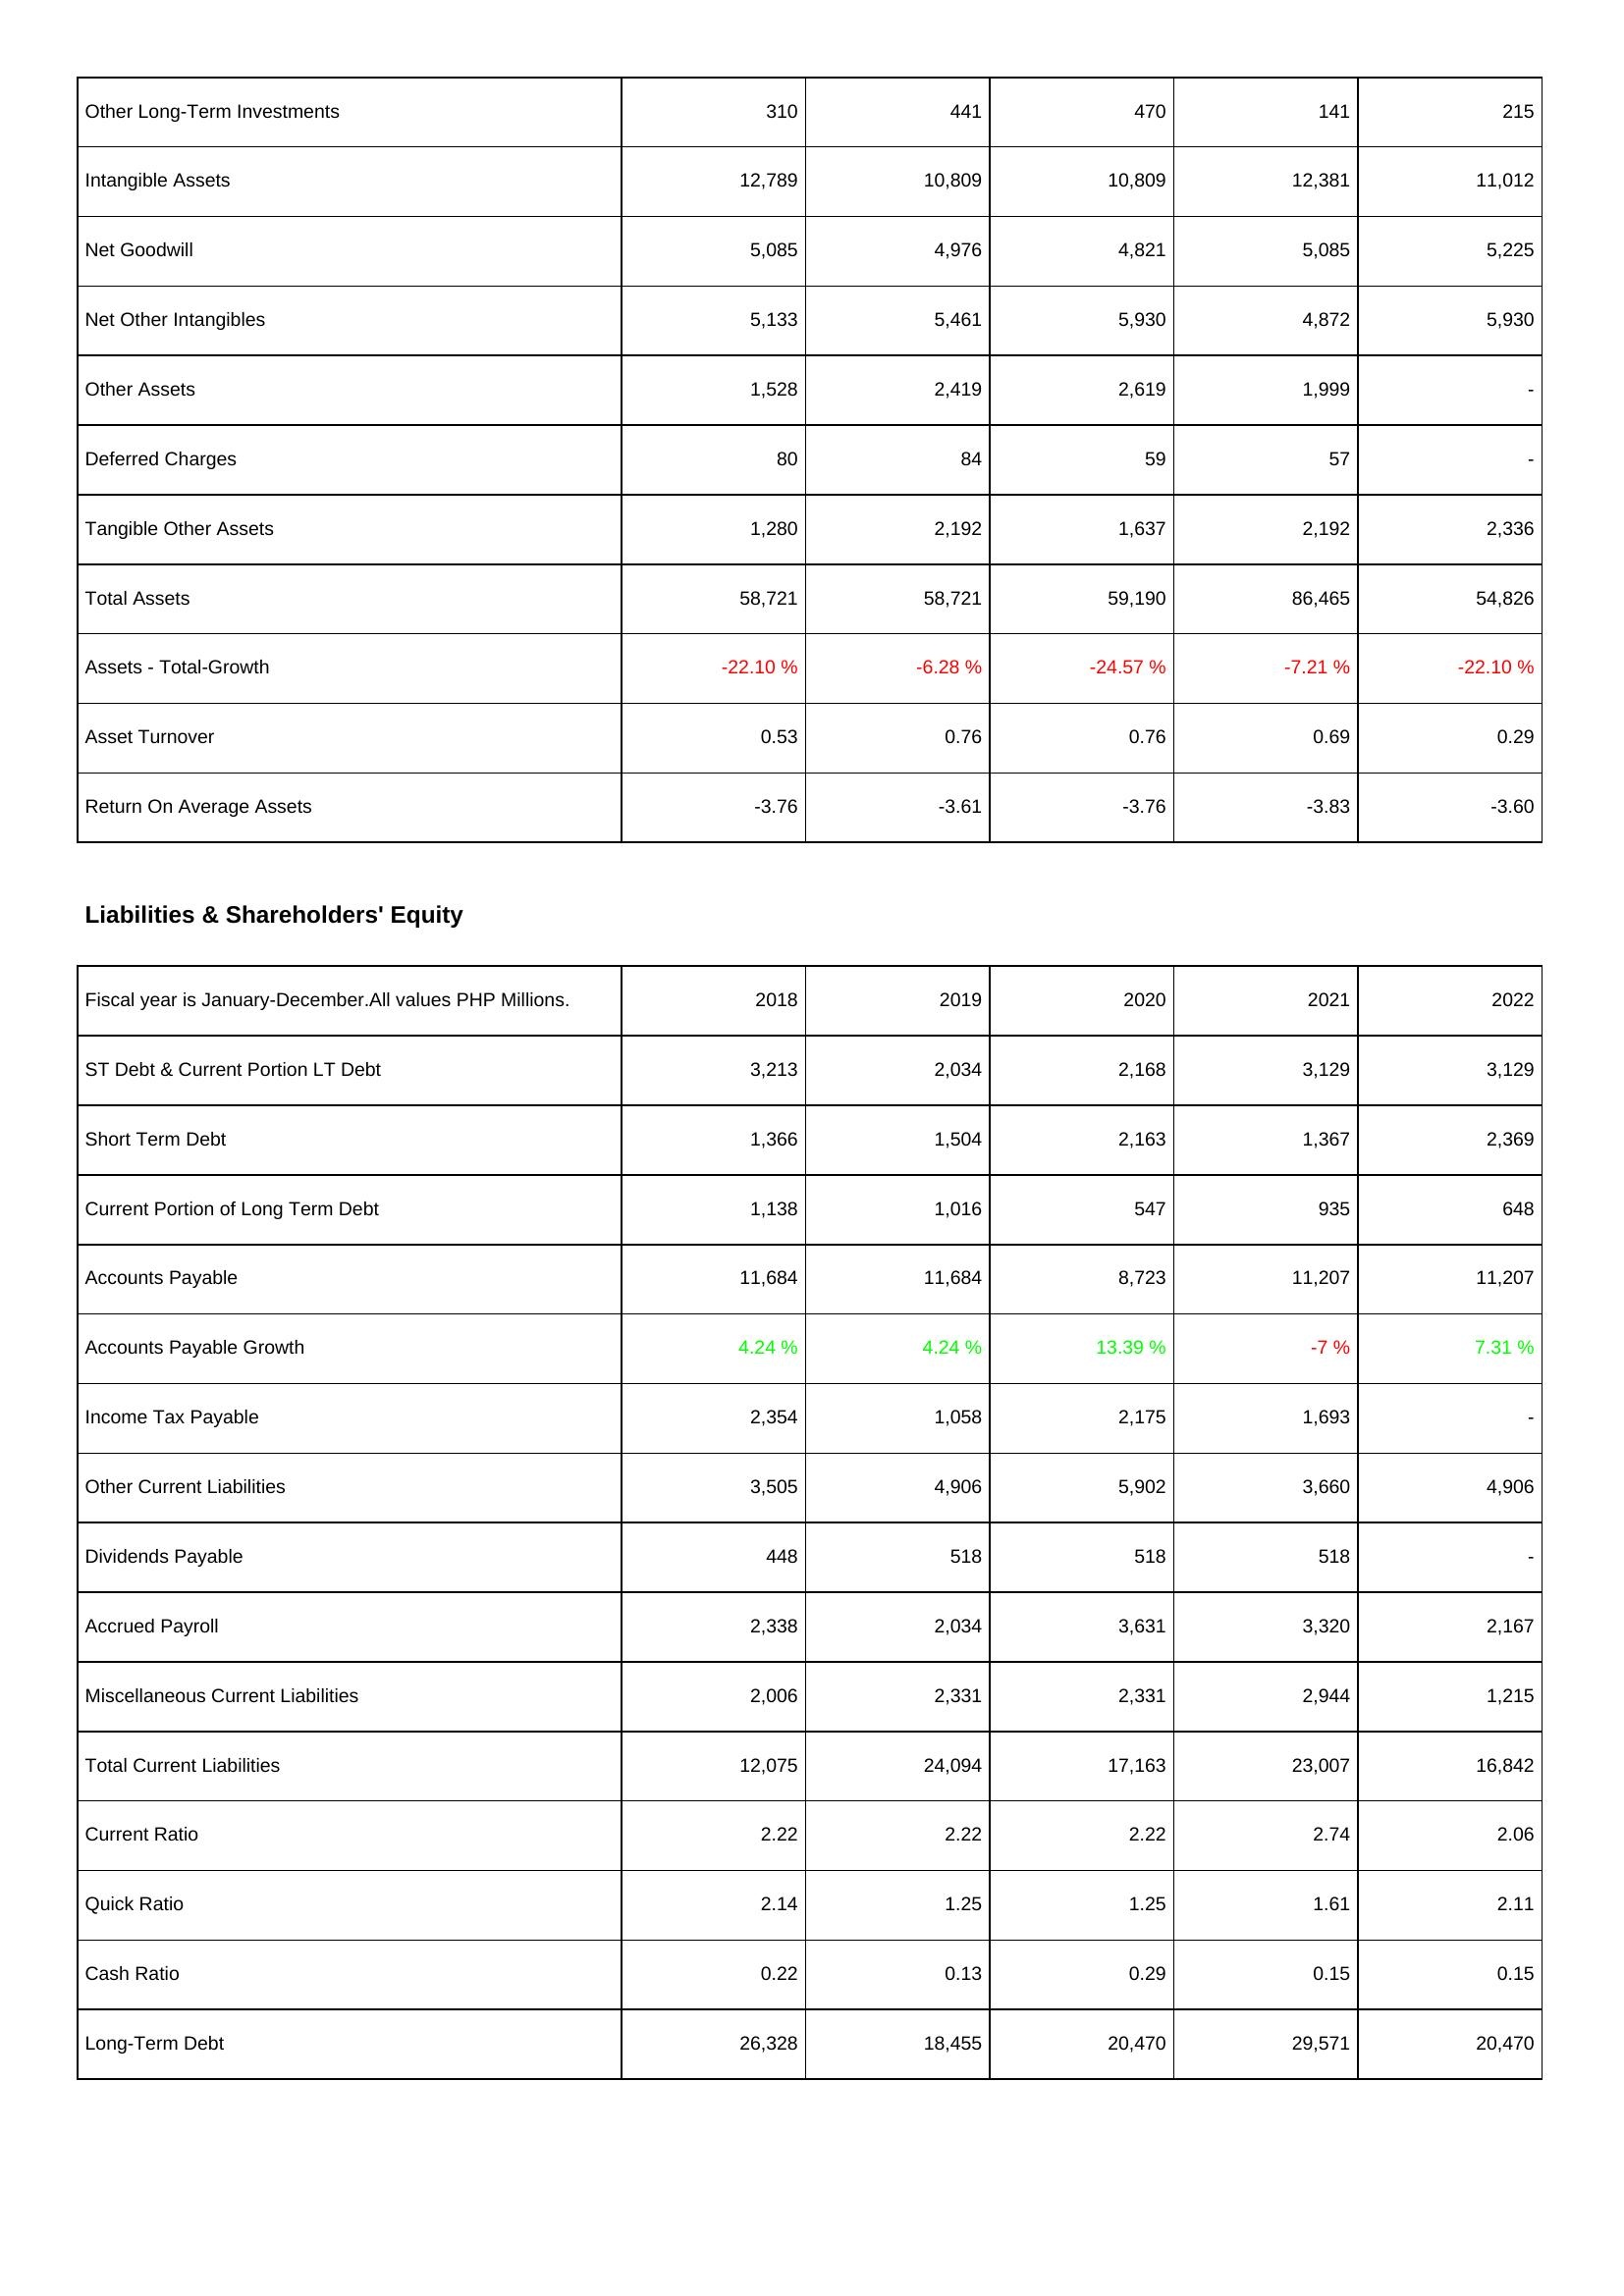
2018: Assets: Other Long-Term Investments: 310
Intangible Assets: 12,789
Net Goodwill: 5,085
Net Other Intangibles: 5,133
Other Assets: 1,528
Deferred Charges: 80
Tangible Other Assets: 1,280
Total Assets: 58,721
Assets - Total-Growth: -22.10 %
Asset Turnover: 0.53
Return On Average Assets: -3.76
Liabilities & Shareholders' Equity: ST Debt & Current Portion LT Debt: 3,213
Short Term Debt: 1,366
Current Portion of Long Term Debt: 1,138
Accounts Payable: 11,684
Accounts Payable Growth: 4.24 %
Income Tax Payable: 2,354
Other Current Liabilities: 3,505
Dividends Payable: 448
Accrued Payroll: 2,338
Miscellaneous Current Liabilities: 2,006
Total Current Liabilities: 12,075
Current Ratio: 2.22
Quick Ratio: 2.14
Cash Ratio: 0.22
Long-Term Debt: 26,328
2019: Assets: Other Long-Term Investments: 441
Intangible Assets: 10,809
Net Goodwill: 4,976
Net Other Intangibles: 5,461
Other Assets: 2,419
Deferred Charges: 84
Tangible Other Assets: 2,192
Total Assets: 58,721
Assets - Total-Growth: -6.28 %
Asset Turnover: 0.76
Return On Average Assets: -3.61
Liabilities & Shareholders' Equity: ST Debt & Current Portion LT Debt: 2,034
Short Term Debt: 1,504
Current Portion of Long Term Debt: 1,016
Accounts Payable: 11,684
Accounts Payable Growth: 4.24 %
Income Tax Payable: 1,058
Other Current Liabilities: 4,906
Dividends Payable: 518
Accrued Payroll: 2,034
Miscellaneous Current Liabilities: 2,331
Total Current Liabilities: 24,094
Current Ratio: 2.22
Quick Ratio: 1.25
Cash Ratio: 0.13
Long-Term Debt: 18,455
2020: Assets: Other Long-Term Investments: 470
Intangible Assets: 10,809
Net Goodwill: 4,821
Net Other Intangibles: 5,930
Other Assets: 2,619
Deferred Charges: 59
Tangible Other Assets: 1,637
Total Assets: 59,190
Assets - Total-Growth: -24.57 %
Asset Turnover: 0.76
Return On Average Assets: -3.76
Liabilities & Shareholders' Equity: ST Debt & Current Portion LT Debt: 2,168
Short Term Debt: 2,163
Current Portion of Long Term Debt: 547
Accounts Payable: 8,723
Accounts Payable Growth: 13.39 %
Income Tax Payable: 2,175
Other Current Liabilities: 5,902
Dividends Payable: 518
Accrued Payroll: 3,631
Miscellaneous Current Liabilities: 2,331
Total Current Liabilities: 17,163
Current Ratio: 2.22
Quick Ratio: 1.25
Cash Ratio: 0.29
Long-Term Debt: 20,470
2021: Assets: Other Long-Term Investments: 141
Intangible Assets: 12,381
Net Goodwill: 5,085
Net Other Intangibles: 4,872
Other Assets: 1,999
Deferred Charges: 57
Tangible Other Assets: 2,192
Total Assets: 86,465
Assets - Total-Growth: -7.21 %
Asset Turnover: 0.69
Return On Average Assets: -3.83
Liabilities & Shareholders' Equity: ST Debt & Current Portion LT Debt: 3,129
Short Term Debt: 1,367
Current Portion of Long Term Debt: 935
Accounts Payable: 11,207
Accounts Payable Growth: -7 %
Income Tax Payable: 1,693
Other Current Liabilities: 3,660
Dividends Payable: 518
Accrued Payroll: 3,320
Miscellaneous Current Liabilities: 2,944
Total Current Liabilities: 23,007
Current Ratio: 2.74
Quick Ratio: 1.61
Cash Ratio: 0.15
Long-Term Debt: 29,571
2022: Assets: Other Long-Term Investments: 215
Intangible Assets: 11,012
Net Goodwill: 5,225
Net Other Intangibles: 5,930
Other Assets: -
Deferred Charges: -
Tangible Other Assets: 2,336
Total Assets: 54,826
Assets - Total-Growth: -22.10 %
Asset Turnover: 0.29
Return On Average Assets: -3.60
Liabilities & Shareholders' Equity: ST Debt & Current Portion LT Debt: 3,129
Short Term Debt: 2,369
Current Portion of Long Term Debt: 648
Accounts Payable: 11,207
Accounts Payable Growth: 7.31 %
Income Tax Payable: -
Other Current Liabilities: 4,906
Dividends Payable: -
Accrued Payroll: 2,167
Miscellaneous Current Liabilities: 1,215
Total Current Liabilities: 16,842
Current Ratio: 2.06
Quick Ratio: 2.11
Cash Ratio: 0.15
Long-Term Debt: 20,470